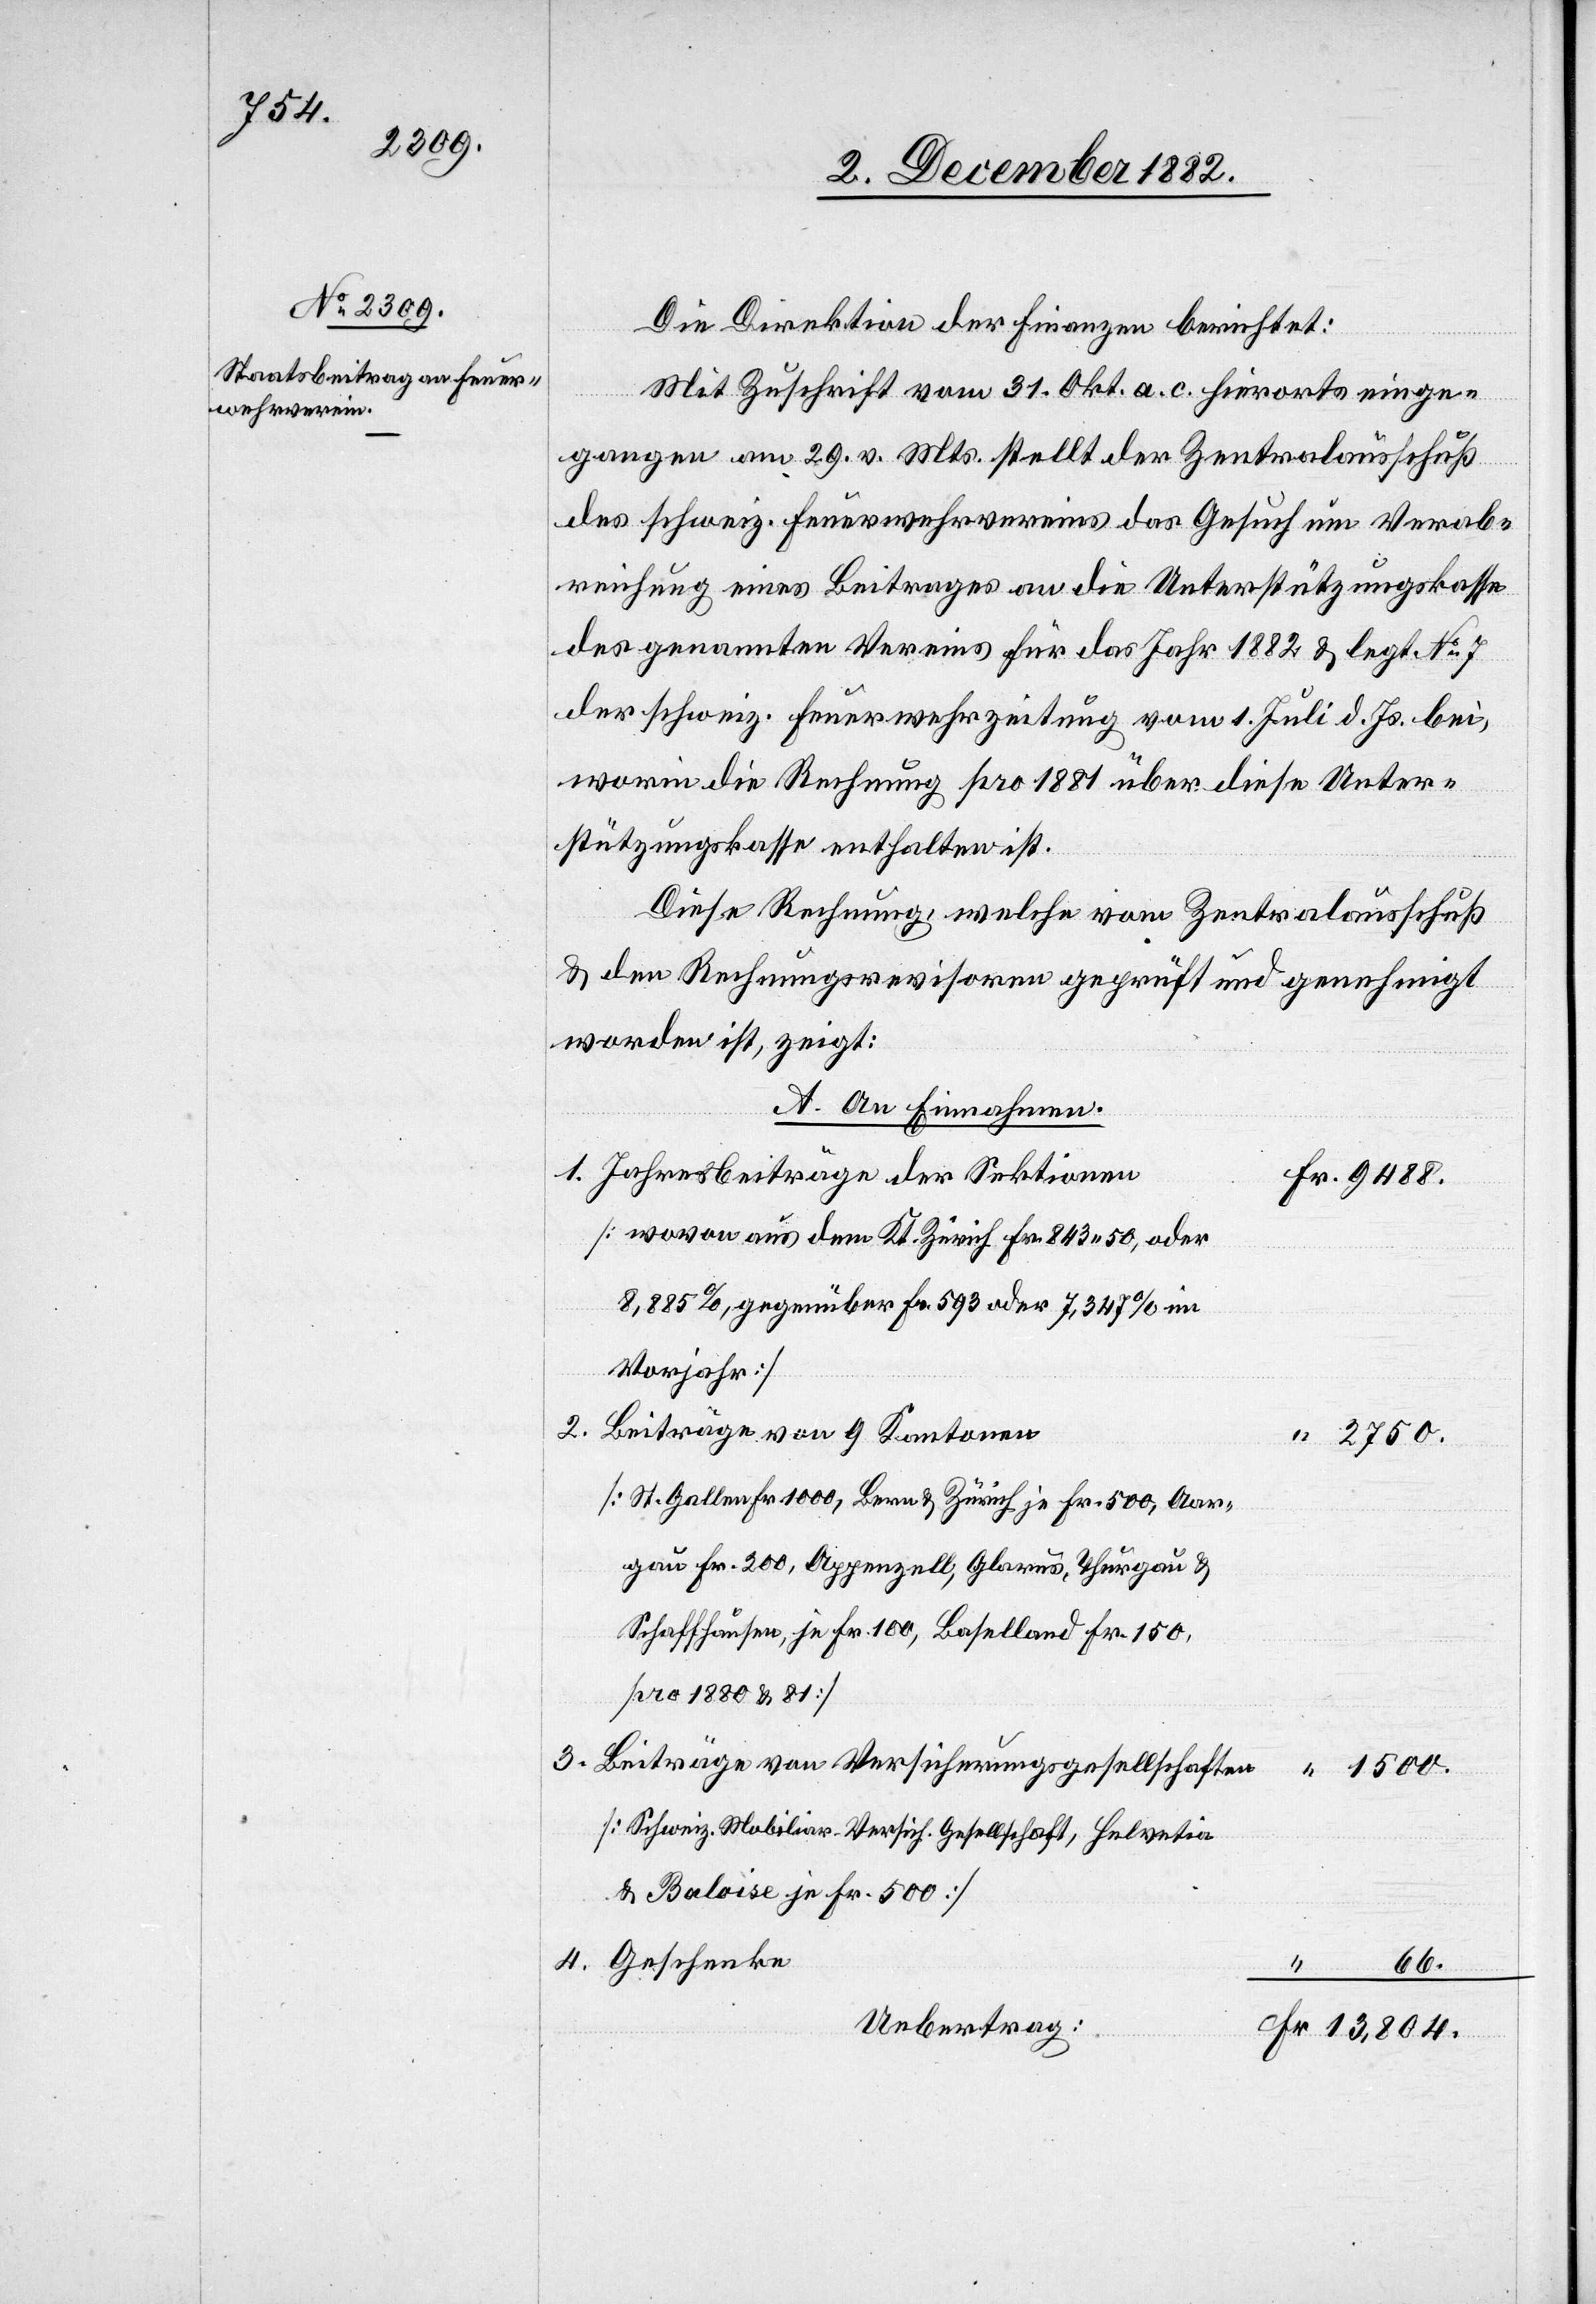
1500.

Die Direktion der Finanzen berichtet:
Mit Zuschrift vom 31. Okt. a. c. hierorts einge¬
gangen am 29. vor. Mts. stellt der Zentralausschuß
des schweiz. Feuerwehrvereins das Gesuch um Verab¬
reichung eines Beitrages an die Unterstützungskasse
des genannten Vereins für das Jahr 1882 & legt No 7
der schweiz. Feuerwehrzeitung vom 1. Juli d. Js. bei,
worin die Rechnung pro 1881 über diese Unter¬
stützungskasse enthalten ist.
Diese Rechnung, welche vom Zentralausschuß
& den Rechnungsrevisoren geprüft und genehmigt
worden ist, zeigt:
A. An Einnahmen.
1. Jahresbeiträge der Sektionen
[wovon aus dem Kt. Zürich Fr. 843 50, oder
8,885%, gegenüber Fr. 593 oder 7,347% im
Vorjahr]
2. Beiträge von 9 Kantonen
[St. Gallen Fr. 1000, Bern & Zürich je Fr. 500, Aar¬
gau Fr. 200, Appenzell, Glarus, Thurgau &
Schaffhausen, je Fr. 100, Baselland Fr. 150,
pro 1880 & 81]
3. Beiträge von Versicherungsgesellschaften
[Schweiz. Mobiliar. Versich. Gesellschaft, Helvetia
& Baloise je Fr. 500]
4. Geschenke
Uebertrag